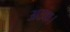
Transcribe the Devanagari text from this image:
अटक।